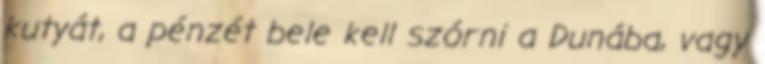
kutyát, a pénzét bele kell szórni a Dunába, vagy